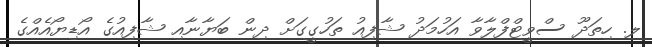
ލ. ހިތަދޫ ސްވީޓްފްލާވާ އަހުމަދު ޝާފިއު ތަހުގީގަށް ދިން ބަޔާނާއި ޝާފިއުގެ އޯޑިޔޯއެއްގެ